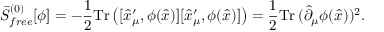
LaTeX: \bar { S } _ { f r e e } ^ { ( 0 ) } [ \phi ] = - { \frac { 1 } { 2 } } \mathrm { T r } \left( [ \hat { x } _ { \mu } ^ { \prime } , \phi ( \hat { x } ) ] [ \hat { x } _ { \mu } ^ { \prime } , \phi ( \hat { x } ) ] \right) = { \frac { 1 } { 2 } } \mathrm { T r } \, ( \hat { \partial } _ { \mu } \phi ( \hat { x } ) ) ^ { 2 } .